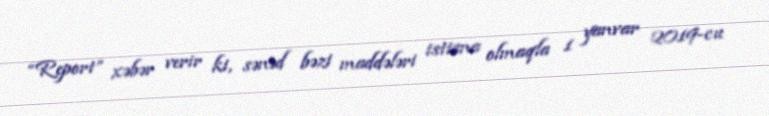
“Report” xəbər verir ki, sənəd bəzi maddələri istisna olmaqla 1 yanvar 2019-cu